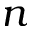
n